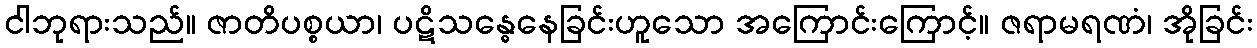
ငါဘုရားသည်။ ဇာတိပစ္စယာ၊ ပဋိသန္ဓေနေခြင်းဟူသော အကြောင်းကြောင့်။ ဇရာမရဏံ၊ အိုခြင်း